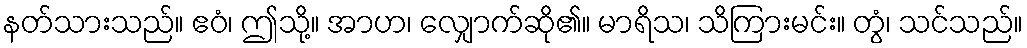
နတ်သားသည်။ ဧဝံ၊ ဤသို့။ အာဟ၊ လျှောက်ဆို၏။ မာရိသ၊ သိကြားမင်း။ တွံ၊ သင်သည်။